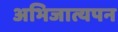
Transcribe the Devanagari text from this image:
अभिजात्यपन